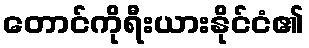
တောင်ကိုရီးယားနိုင်ငံ၏